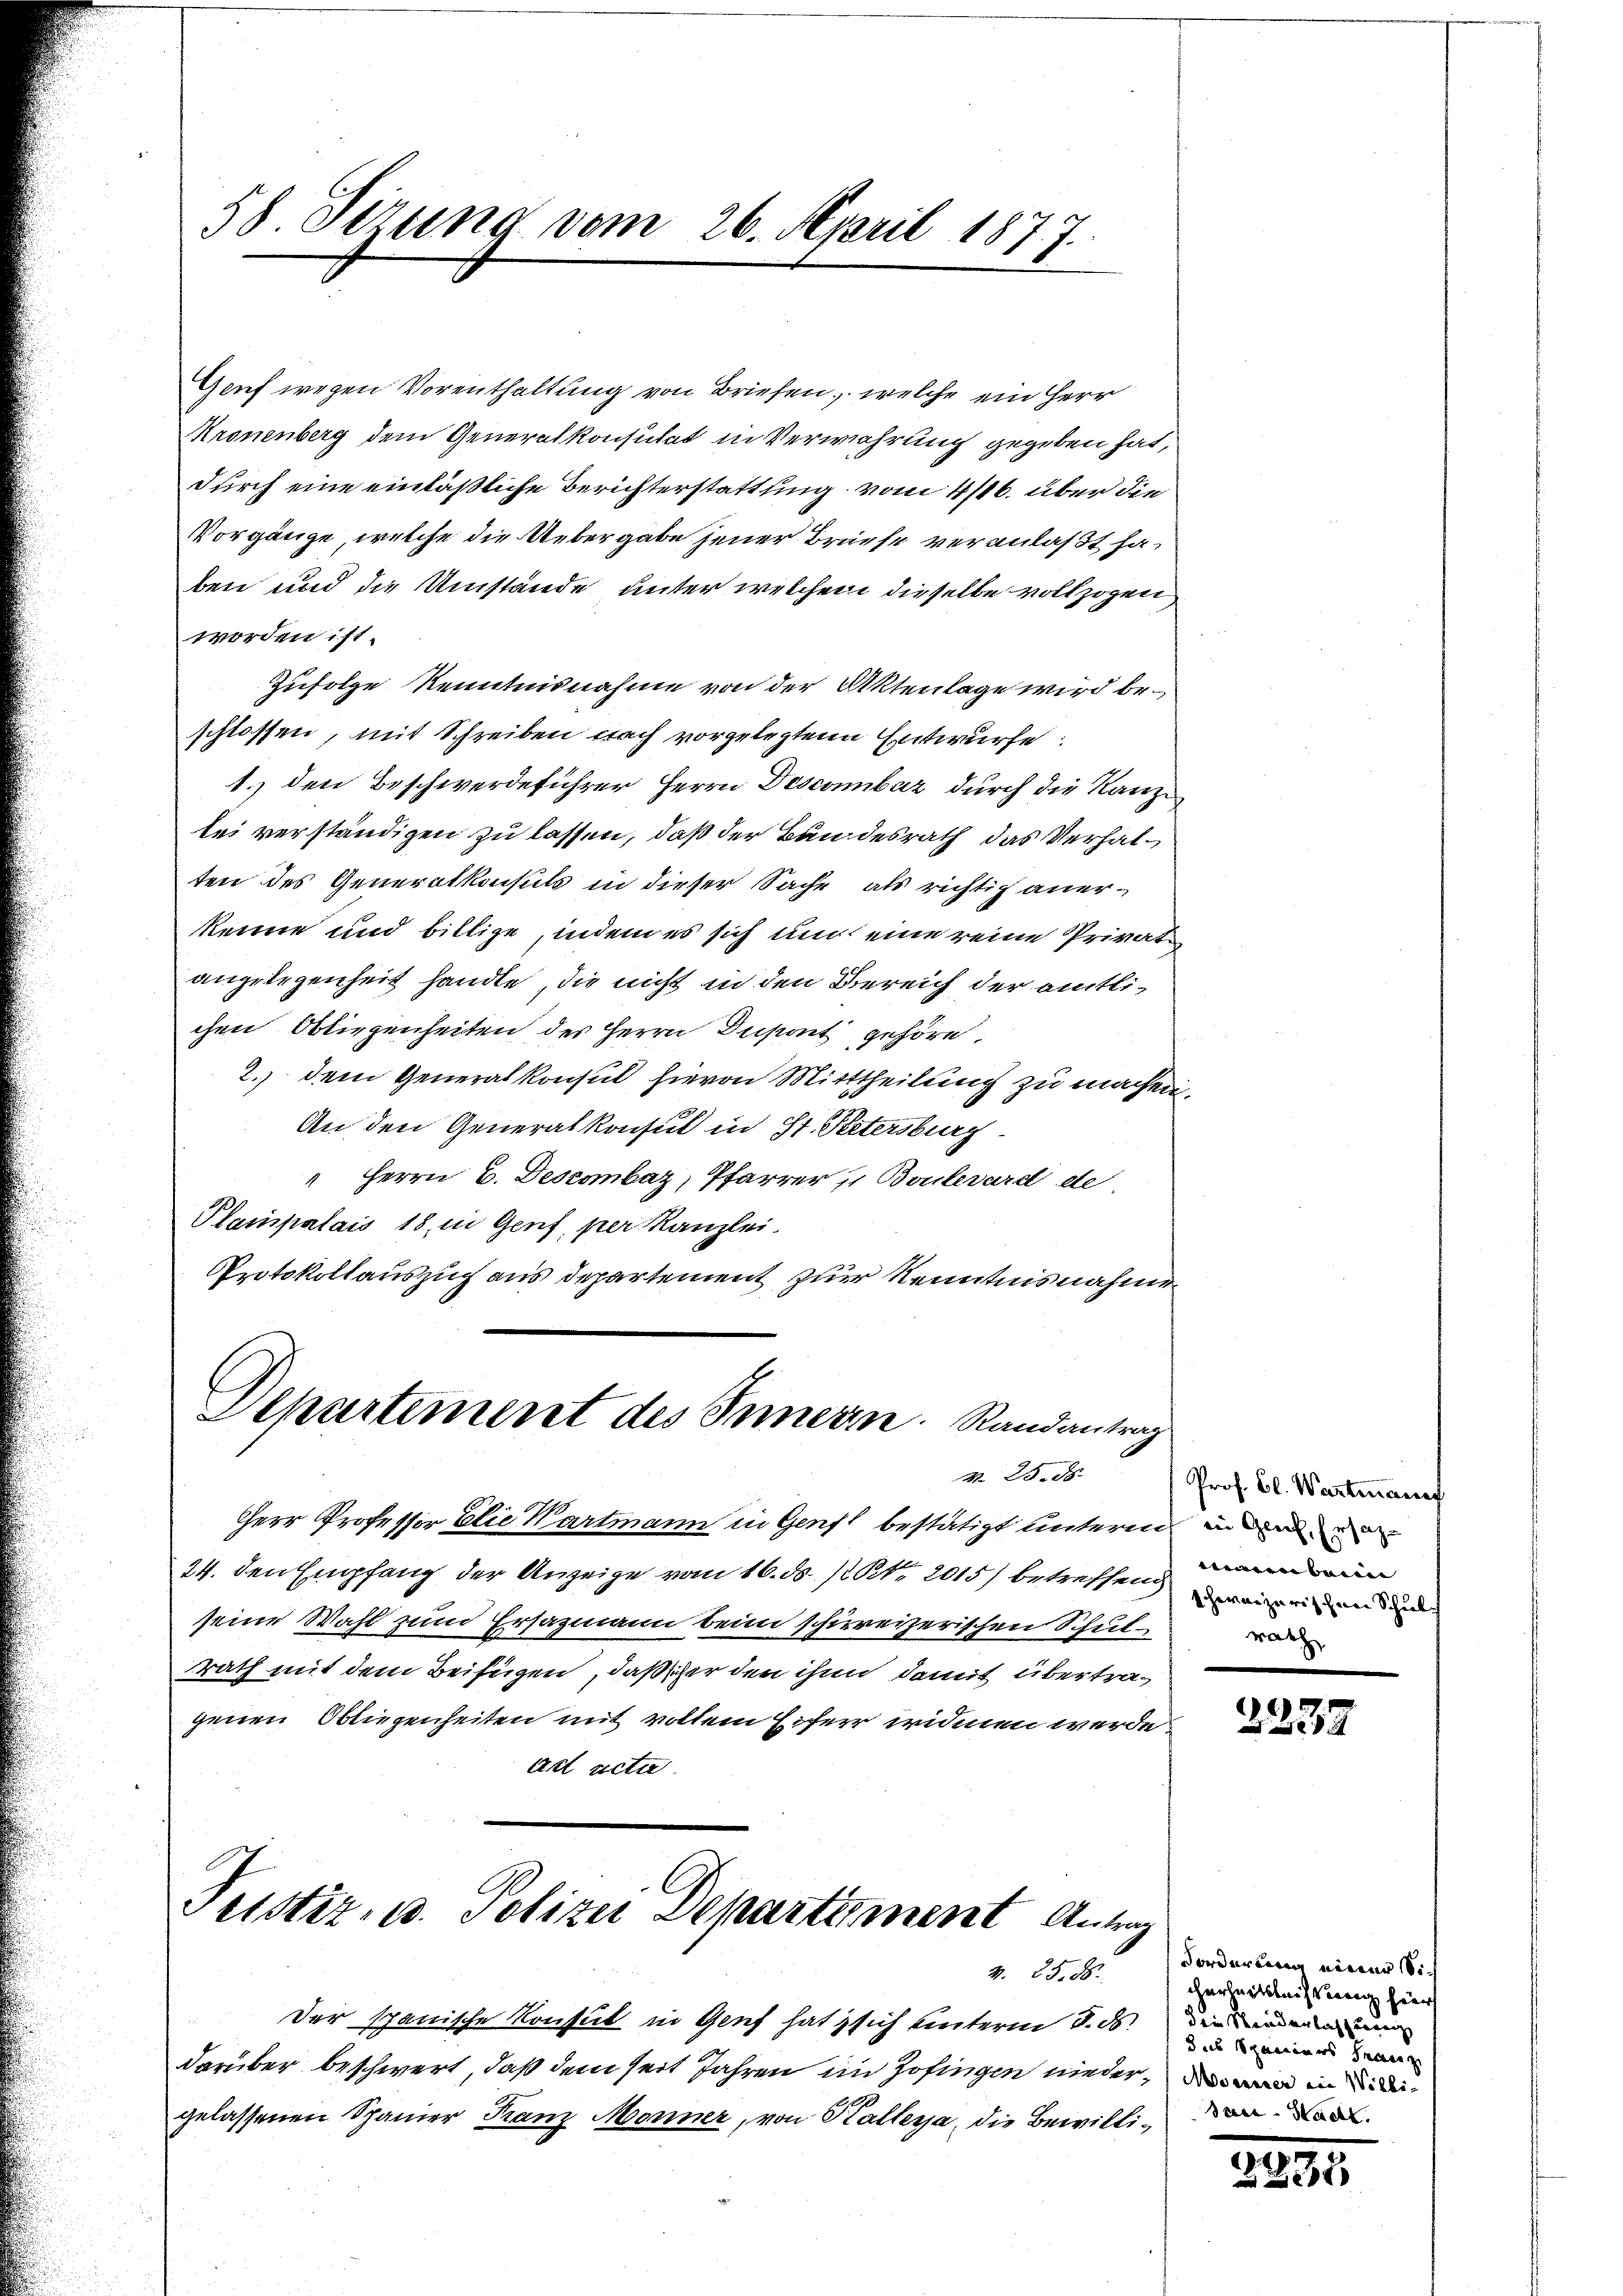
Geif wegen Vorenthaltung von Briefen, welche ein Herr
Kronenberg dem Generalkonsutat in Verwahrung gegeben hat,
durch eine einläßliche Berichterstattung vom 4/16. über die
Vorgänge, welche die Uebergabe jener Brüese veranlaßt haben und die Umstände unter welchem dieselbe vollzogen
worden ist.
Zufolge Kenntnisnahme von der Aktenlage wird beschlossen, mit Schreiben nach vorgelegtene Entwurfe:
1.) den Beschwerdeführer Herrn Descombar durch die Kanzlei verständigen zu lassen, daß der Bundesrath das Verhalten des Generalkonsuls in dieser Sache, als richtig anerkenne und billige, indem es sich und eine reine Privatangelegenheit handte, die nicht in den Bereich der amtlichen Obliegenheiten des Herrn Insont gehöre,
2.) dem Generalkonsul hievon Mittheilung zu machen,
An den Generalkonsul in St. Petersburg
" Herrn C. Descombaz, Pfarrer  Boulevard de
Planspalais 18, in Genf, per Kanzlei.
Protokollauszug aus Departement zur Kenntnisnahme

58 Sizung vom 26. April 1877.

Herr Professor Elie Wartmann in Genf bestätigt unterm in
24. den Empfang der Anzeige vom 16. ds NNo. 2015) betreffend
seine Wahl zum Ersazmann beim schweizerischen Schulrath mit dem Beifügen, daß sicher den ihn damit übertragenen Obliegenheiten mit vollem Eifer widmen werde
Act acta.

Departement des Innern. Randantrag
N. 25. 58.

Der spanische Konsul in Genf hat sich unterm 8. ds.
darüber beschwert, daß dem seit Jahren im Zofingen niedergelassenen Spanier Franz Monner, von Kalterja, die Bewilli¬

Pustiz- u. Polizei Departement Antrag

Prof. Cl. Wartmann
waren beim
schweizerischen Schulrath,

2239

Forderbaren einem Si
4. d. M. erheitsleichtung hier
dein Standerlicherung
das Spanieners Franz
Movenerer ein Willi-
dau- Hadt.

281